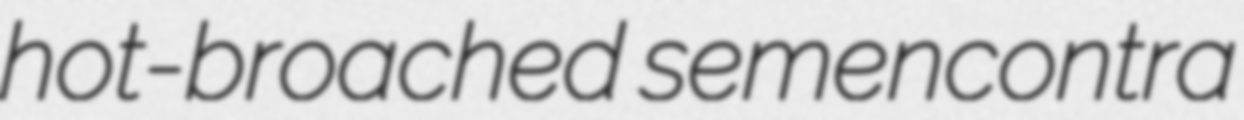
hot-broached semencontra